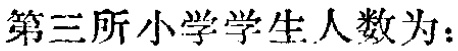
第三所小学学生人数为：